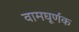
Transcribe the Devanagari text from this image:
वामघूर्णक